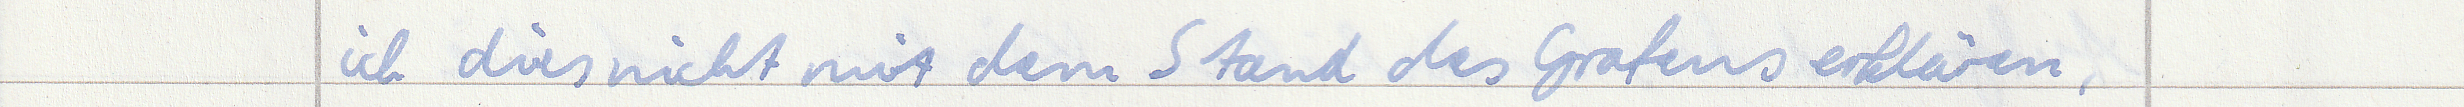
ich dies nicht mit dem Stand des Grafens erklären,